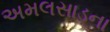
અમલસાડના